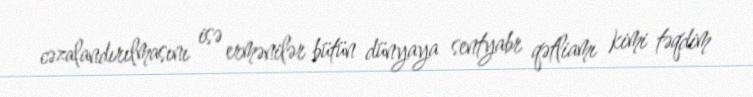
cəzalandırılmasını isə ermənilər bütün dünyaya sentyabr qətliamı kimi təqdim